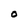
Character: O